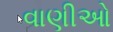
વાણીઓ